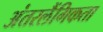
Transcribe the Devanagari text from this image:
अंतरलैंगिकता